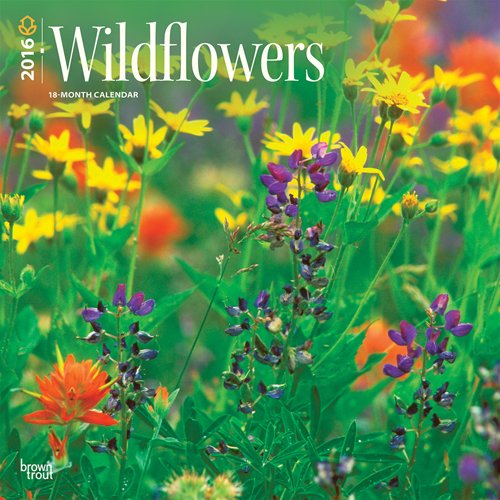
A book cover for Wildflowers 2016 Square 12x12; Browntrout Publishers; Calendars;